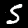
Digit: 5